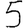
Digit: 5